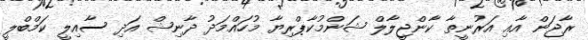
ރާޖަން އާއި އަރުނީތާ ކާންޖީލާލް ޝަންމުކާޕްރިޔާ މުހައްމަދު ދާނިޝް އަދި ސާއިލީ ކަމްބްލީ